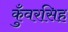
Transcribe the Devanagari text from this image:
कुँवरसिह